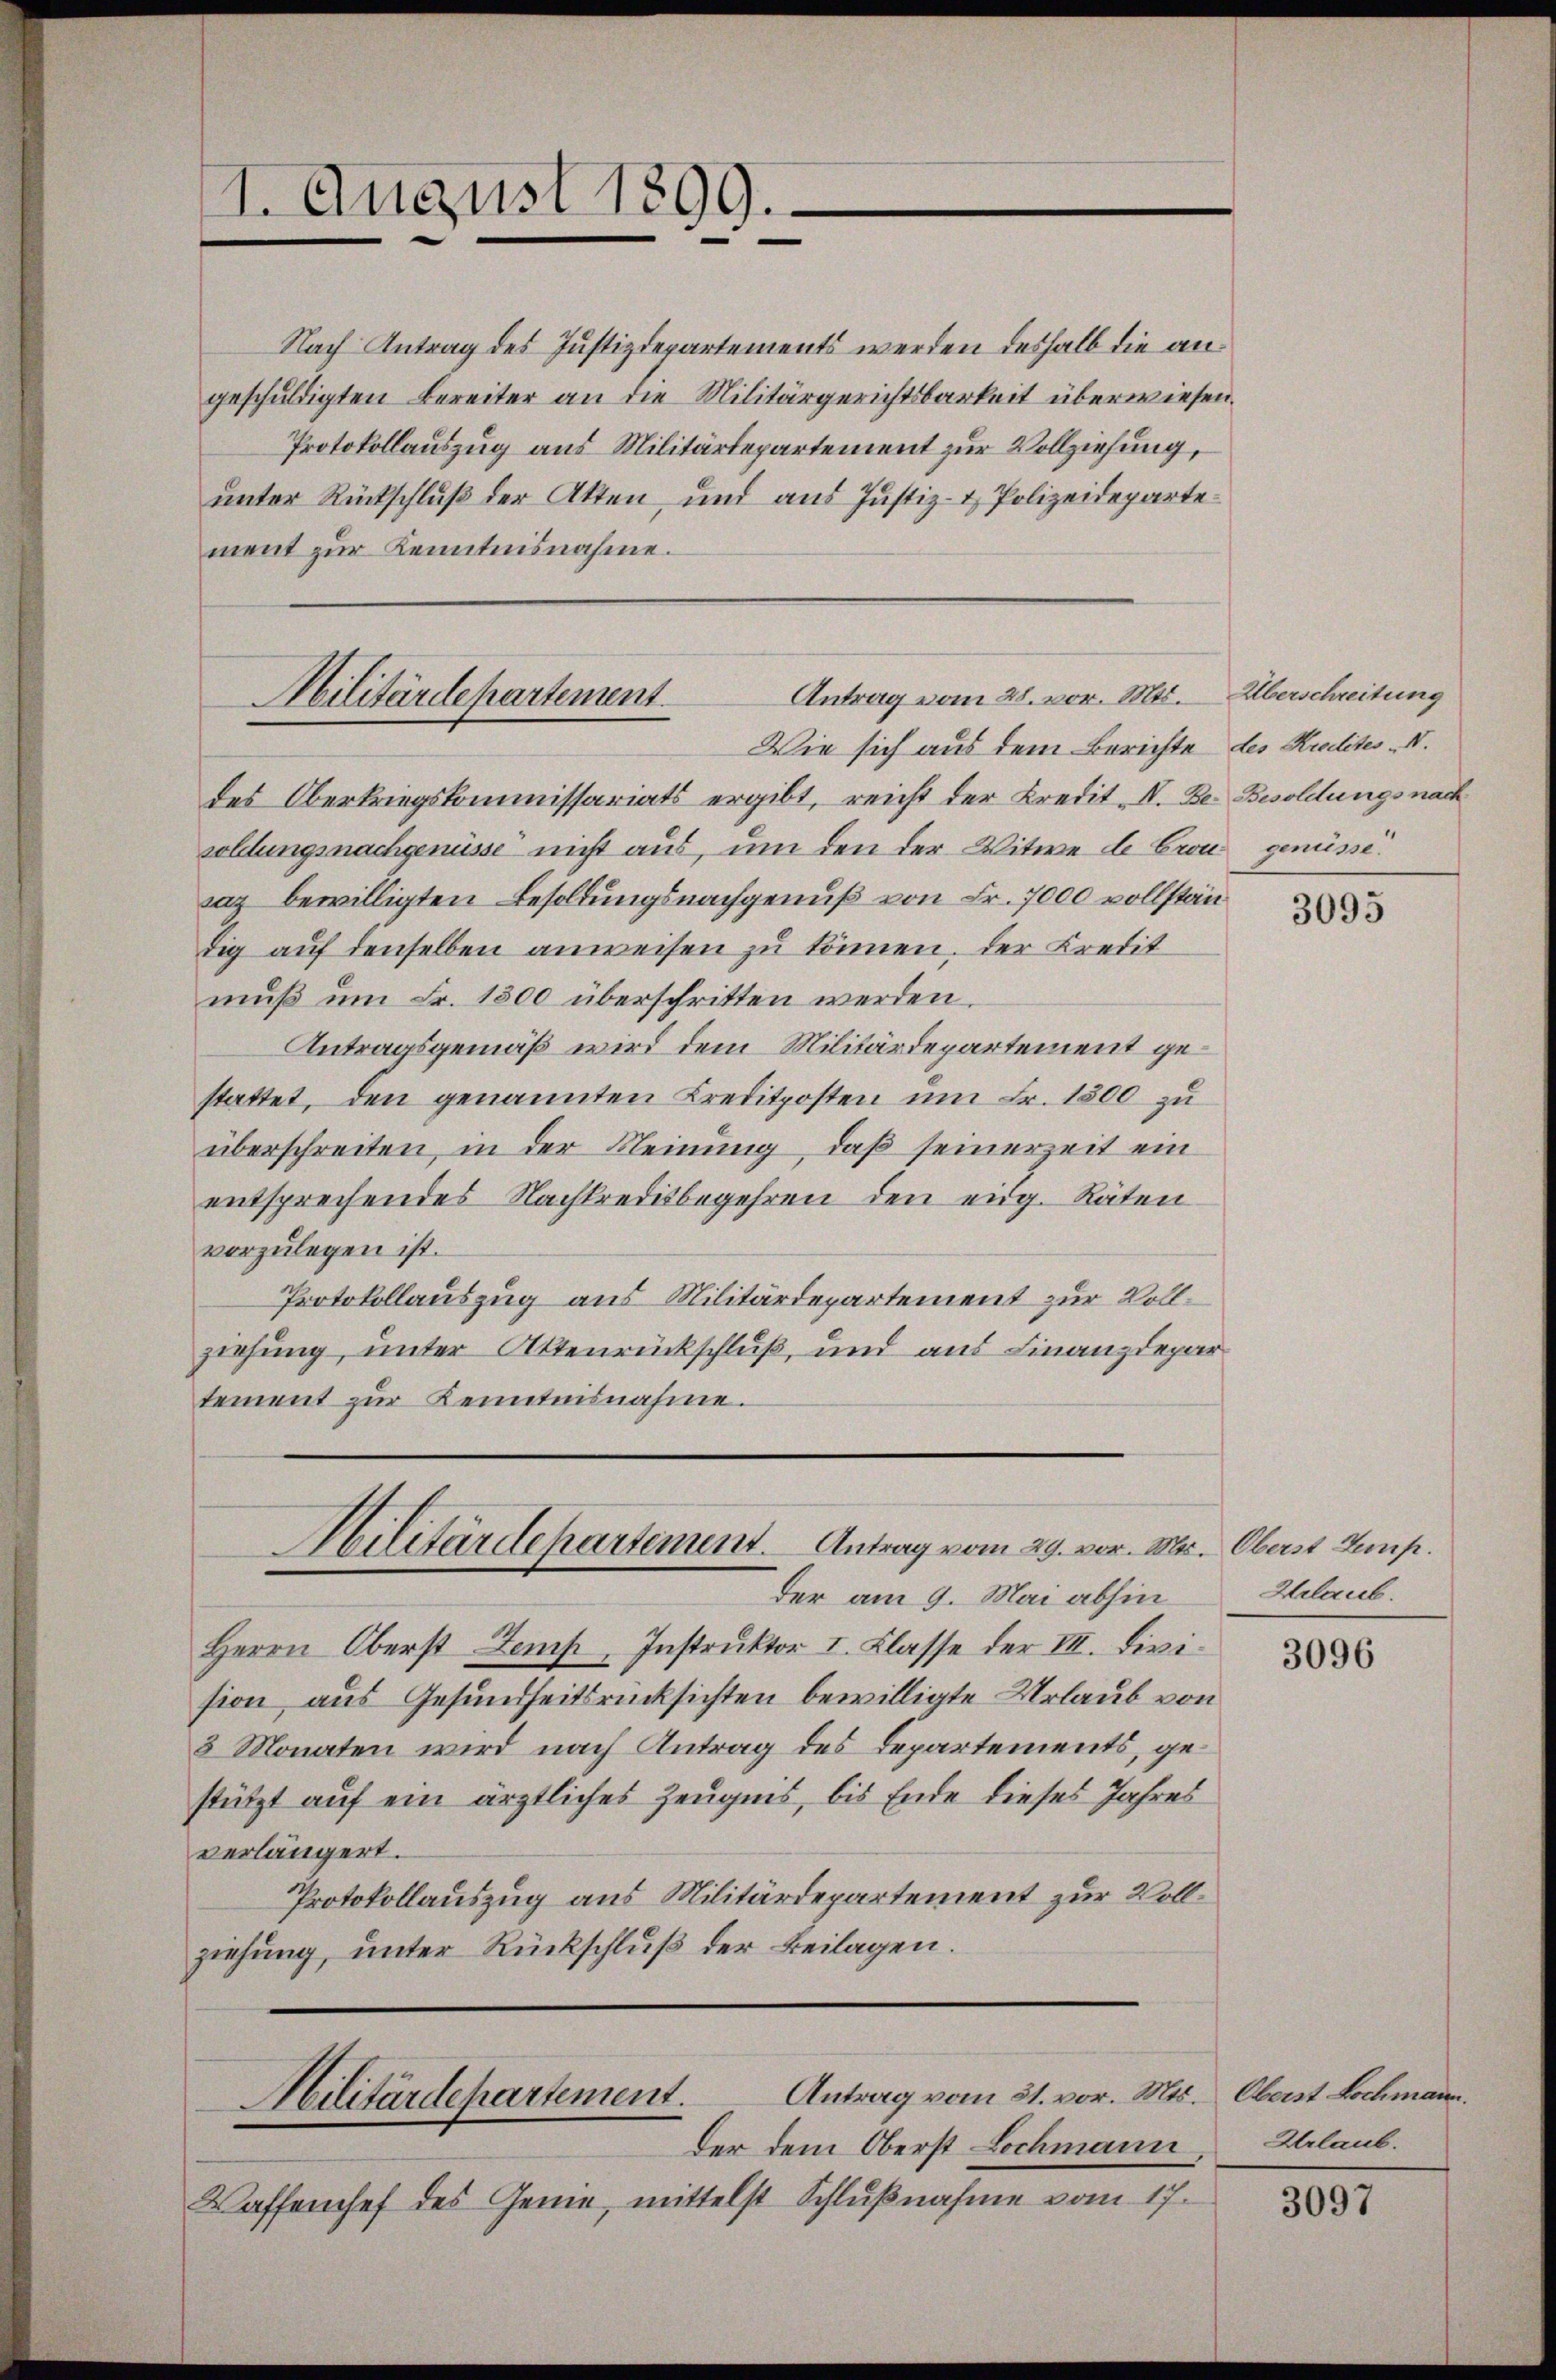
1
1. August 1899.

Nach Antrag des Justizdepartements werden deshalb die angeschuldigten Bereiter an die Militärgerichtsbarkeit überwiesen.
Protokollauszug aus Militärtepartement zur Vollziehung,
unter Rückschluß der Akten und aus Justiz- & Polizeidepartement zur Kenntnisnahme.

Antrag vom 28. vor. Mts.
Militärdepartement
Wie sich aus dem Berichte des Kulites V.

des Oberkriegskommissariats ergibt, reicht der Kredit A. Be. Besoldungs nach
soldungsnachgenüsse nicht aus, um den der Witwe de Cron genüsse.
saz bewilligten Besoldungsnachgenuß von Fr. 7000 vollständig auf denselben anweisen zu können, der Kredit
muß um Fr. 1800 überschritten werden.
Antragsgemäß wird dem Militärdepartement gestattet, den genannten Creditposten um Fr. 1500 zu
überschreiten, in der Meinung, daß seinerzeit ein
entsprechendes Nachkreditbegehren den eidg. Räten
vorzulegen ist.
Protokollauszug aus Militärdepartement zur Vollziehung, unter Aktenrückschluß, und aus Finanzdepar
tement zŭr Kenntnisnahme.
Militärdepartement. Antrag vom 29. vor. Mr. Oberst Semp.
der am 9. Mai abhin
Herrn Oberst Zemp, Instruktor I. Classe der III. Division aus Gesundheitsrücksichten bewilligte Urlaub von
3 Monaten wird nach Antrag des Departements, gestützt auf ein ärztliches Zeugnis, bis Ende dieses Jahres
verlängert.
Protokollauszug aus Militärdepartement zur Vollziehung, unter Rückschluß der Beilagen.

Antrag vom 31. vor. Mts.
Militärdepartement.

der dem Oberst Lochmann
Waffenhef des Genie, mittelst Schlußnahme vom 17.

Überschreitung

3095

Zlaub.

3096

Oberst Lochmann.
Urlaub.

3097